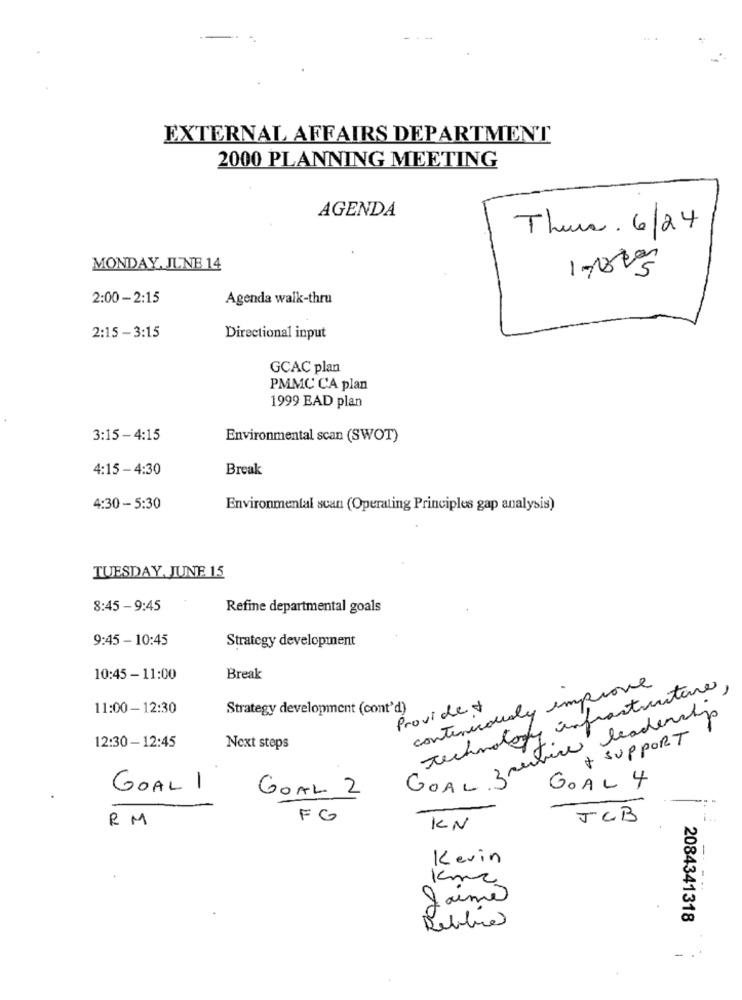
EXTERNAL AFFAIRS DEPARTMENT
2000 PLANNING MEETING
AGENDA
Thurs. 6/24
MONDAY, JUNE 14
1-1005
2:00- 2:15
Agenda walk-thru
2:15 - 3:15
Directional input
GCAC plan
PMMC CA plan
1999 EAD plan
3:15-4:15
Environmental scan (SWOT)
4:15 - 4:30
Break
4:30 - 5:30
Environmental scan (Operating Principles gap analysis)
TUESDAY, JUNE 15
8:45 - 9:45
Refine departmental goals
9:45 - 10:45
Strategy development
10:45 - 11:00
Break
continuously improve
Technology infrastructure,
11:00-12:30
Strategy development (cont'd)
Provide+
GOAL Trebice leadership
+ SUPPORT
12:30 - 12:45
Next steps
GOAL 4
GOAL 1
GOAL 2
RM
FG
JCB
KN
Kevin
Kmc
Jaime
2084341318
Reblue
-..